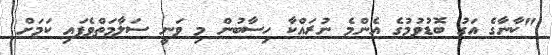
"ކާނާގެ އަގު ބޮޑުވުމުގެ އެންމެ ނުރައްކާ ހިސާބުން މި ވަނީ ސަލާމަތްވެފައި ކަމަށް